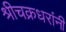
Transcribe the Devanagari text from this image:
श्रीचक्रधरांनी